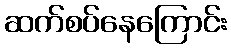
ဆက်စပ်နေကြောင်း